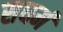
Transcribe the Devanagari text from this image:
सधर्म